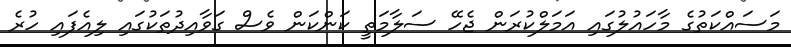
މަސައްކަތުގެ މާހައުލުގައި އަމަލްކުރަން ޖެހޭ ސަލާމަތީ ކަންކަން ވެސް ގަވާއިދުތަކުގައި ލިއެފައި ހުރެ